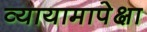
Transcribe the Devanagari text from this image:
व्यायामापेक्षा